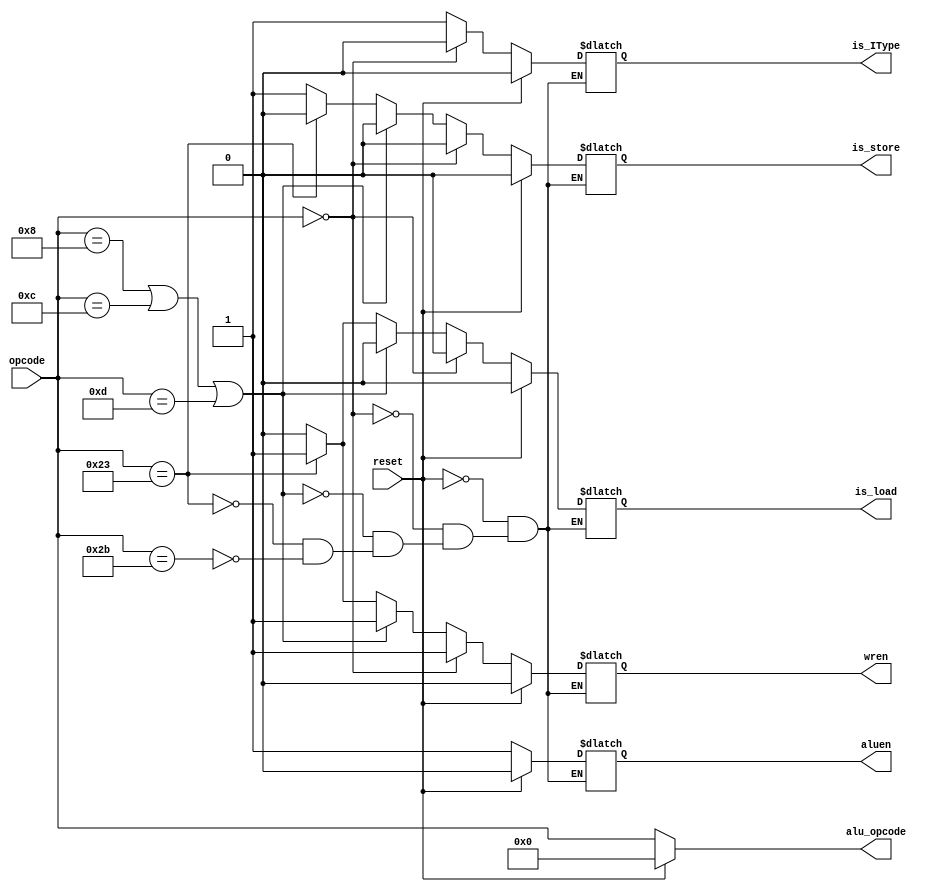
`timescale 1ns / 1ps
//////////////////////////////////////////////////////////////////////////////////
// Company: 
// Engineer: 
// 
// Design Name: 
// Module Name: main_controller
// Project Name: 
// Target Devices: 
// Tool Versions: 
// Description: 
// 
// Dependencies: 
// 
// Revision:
// Revision 0.01 - File Created
// Additional Comments:
// 
//////////////////////////////////////////////////////////////////////////////////


module main_controller(opcode, reset, wren, aluen, is_IType, alu_opcode, is_load, is_store);
input reset;
input [5:0] opcode;
output reg wren, aluen, is_IType, is_load, is_store;
output reg [5:0] alu_opcode;
parameter R_TYPE = 6'h0, ADDI = 6'h8, ANDI = 6'hC, ORI = 6'hD, LWI = 6'h23, SWI = 6'h2b;

always @(*)
begin
    if(reset)
    begin
        wren <= 0;
        aluen <= 0;
        is_IType <= 0;
        alu_opcode <= 6'h0;
        is_load <= 1'b0;
        is_store <= 1'b0;
    end
    else
    begin
        
        alu_opcode = opcode;
        if(opcode == R_TYPE)
        begin
            wren <= 1'b1;
            aluen <= 1'b1;
            is_IType <= 1'b0;
            is_load <= 1'b0;
            is_store <= 1'b0;
        end
        else if(opcode == ADDI || opcode == ANDI || opcode == ORI)
        begin
            wren <= 1'b1;
            aluen <= 1'b1;
            is_IType <= 1'b1;   
            is_load <= 1'b0;
            is_store <= 1'b0;
        end
        else if (opcode == LWI)
         begin
            wren <= 1'b1;
            aluen <= 1'b1;
            is_IType <= 1'b1;
            is_load <= 1'b1;
            is_store <= 1'b0;   
         end   
         else if (opcode == SWI)
          begin
             wren <= 1'b0;
             aluen <= 1'b1;
             is_IType <= 1'b1;
             is_load <= 1'b0; 
             is_store <= 1'b1;
          end      
    end
end
 
endmodule